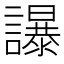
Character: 𧭤